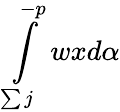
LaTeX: \int\limits_{\sum j}^{-p}wxd\alpha